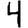
Digit: 4